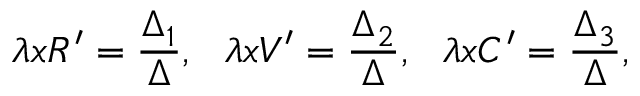
\lambda x R ^ { \prime } = \frac { \Delta _ { 1 } } { \Delta } , \ \ \lambda x V ^ { \prime } = \frac { \Delta _ { 2 } } { \Delta } , \ \ \lambda x C ^ { \prime } = \frac { \Delta _ { 3 } } { \Delta } ,